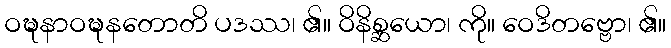
ဝဍ္ဎနာဝဍ္ဎနတောတိ ပဒဿ၊ ၏။ ဝိနိစ္ဆယော၊ ကို။ ဝေဒိတဗ္ဗော၊ ၏။